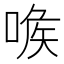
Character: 㗋